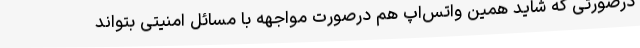
درصورتی که شاید همین واتس‌اپ هم درصورت مواجهه با مسائل امنیتی بتواند